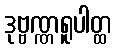
ဒုဗ္ဗဏ္ဏရူပါတ္ထ